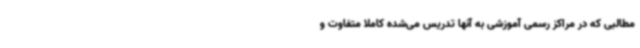
مطالبی که در مراکز رسمی آموزشی به آنها تدریس می‌شده کاملا متفاوت و